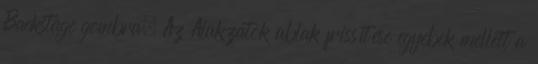
Backstage gombra. Az Alakzatok ablak frissítése egyebek mellett a